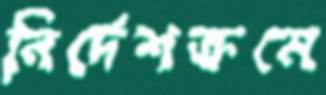
নির্দেশক্রমে